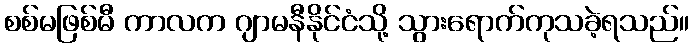
စစ်မဖြစ်မီ ကာလက ဂျာမနီနိုင်ငံသို့ သွားရောက်ကုသခဲ့ရသည်။